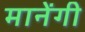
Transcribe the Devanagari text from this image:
मानेंगी